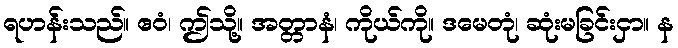
ရဟန်းသည်။ ဧဝံ၊ ဤသို့။ အတ္တာနံ၊ ကိုယ်ကို။ ဒမေတုံ၊ ဆုံးမခြင်းငှာ။ န